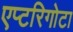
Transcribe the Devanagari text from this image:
एप्टरिगोटा